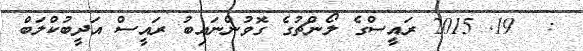
:  19